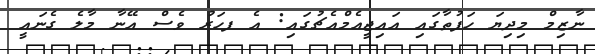
ނާޒިމް މިދިޔަ ހަފުތާގައި އައިޖީއެމްއެޗުގައި: އެ ފހަރު ވެސް އޭނާ މާލެ ގެނައީ